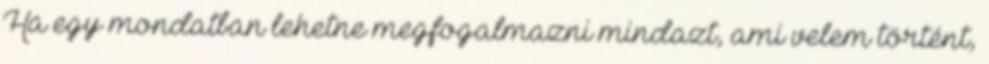
Ha egy mondatban lehetne megfogalmazni mindazt, ami velem történt,